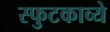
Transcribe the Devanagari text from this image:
स्फुटकाव्ये